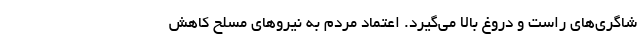
شاگری‌های راست و دروغ بالا می‌گیرد. اعتماد مردم به نیروهای مسلح کاهش